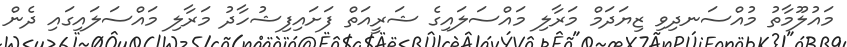
މައުލޫމާތު މުއްސަނދިވި ޒިޔަދަމް މަރާލި މައްސަލައިގެ ޝަރީއަތް ފަށައިފިޝުހާދު މަރާލި މައްސަލައިގައި ދެން